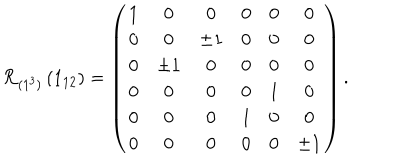
{ \cal R } _ { ( 1 ^ { 3 } ) } \left( 1 _ { 1 2 } \right) = \left( \begin{array} { c c c c c c c c } { { 1 } } & { { 0 } } & { { 0 } } & { { 0 } } & { { 0 } } & { { 0 } } \\ { { 0 } } & { { 0 } } & { { \pm 1 } } & { { 0 } } & { { 0 } } & { { 0 } } \\ { { 0 } } & { { \pm 1 } } & { { 0 } } & { { 0 } } & { { 0 } } & { { 0 } } \\ { { 0 } } & { { 0 } } & { { 0 } } & { { 0 } } & { { 1 } } & { { 0 } } \\ { { 0 } } & { { 0 } } & { { 0 } } & { { 1 } } & { { 0 } } & { { 0 } } \\ { { 0 } } & { { 0 } } & { { 0 } } & { { 0 } } & { { 0 } } & { { \pm 1 } } \\ \end{array} \right) .